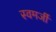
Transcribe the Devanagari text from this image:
स्वमर्जी